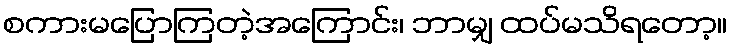
စကားမပြောကြတဲ့အကြောင်း၊ ဘာမျှ ထပ်မသိရတော့။